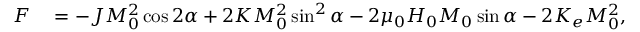
\begin{array} { r l } { F } & { { } = - J M _ { 0 } ^ { 2 } \cos 2 \alpha + 2 K M _ { 0 } ^ { 2 } \sin ^ { 2 } \alpha - 2 \mu _ { 0 } H _ { 0 } M _ { 0 } \sin \alpha - 2 K _ { e } M _ { 0 } ^ { 2 } , } \end{array}